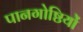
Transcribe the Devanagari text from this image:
पानगोष्ठियों